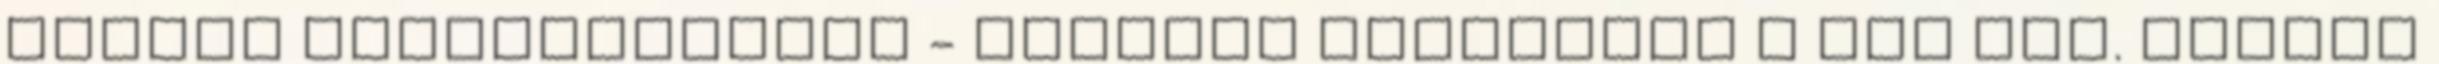
vasúti közlekedésben - közölte honlapján a MÁV Zrt. péntek